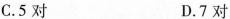
C.5对 D.7对